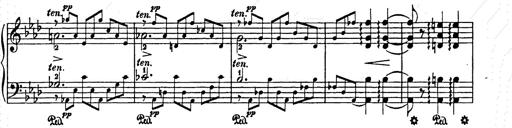
Title: Elegy No.1
Composer: Franz Liszt
Key: A-flat major